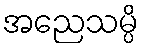
အညေသမ္ပိ